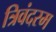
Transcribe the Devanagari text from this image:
त्रिवंदरम